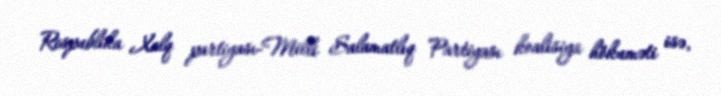
Respublika Xalq partiyası-Milli Salamatlıq Partiyası koalisiya hökuməti isə,